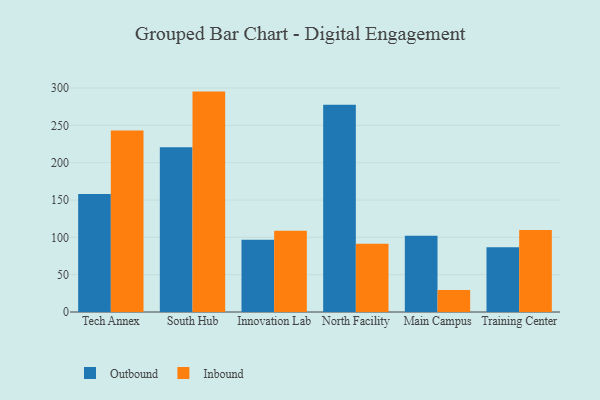
{"axis": {"x": "Campus", "y": "Demand Index"}, "legend": ["Inbound", "Outbound"], "data": [{"x": "Tech Annex", "y": 158.2, "type": "Outbound"}, {"x": "Tech Annex", "y": 243.0, "type": "Inbound"}, {"x": "South Hub", "y": 220.7, "type": "Outbound"}, {"x": "South Hub", "y": 295.2, "type": "Inbound"}, {"x": "Innovation Lab", "y": 96.9, "type": "Outbound"}, {"x": "Innovation Lab", "y": 108.8, "type": "Inbound"}, {"x": "North Facility", "y": 277.7, "type": "Outbound"}, {"x": "North Facility", "y": 91.3, "type": "Inbound"}, {"x": "Main Campus", "y": 102.2, "type": "Outbound"}, {"x": "Main Campus", "y": 29.5, "type": "Inbound"}, {"x": "Training Center", "y": 86.8, "type": "Outbound"}, {"x": "Training Center", "y": 109.9, "type": "Inbound"}]}